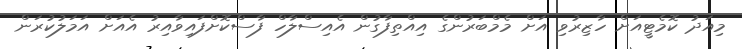
މިއަދު ކޮމެޓީއަށް ހާޒިރުވި އަށް މެމްބަރުންގެ އިއްތިފާގުން އެއިސްލާހް ފާސްކޮށްފައިވާއިރު އެއަށް އަމަލުކުރަން